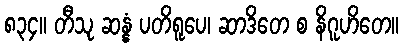
၈၃၄။ တီသု ဆန္နံ ပတိရူပေ၊ ဆာဒိတေ စ နိဂူဟိတေ။